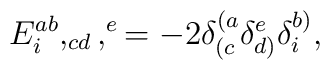
E_{i}^{ab},_{cd},^{e} = -2 \delta ^{(a}_{(c}\delta^{e}_{d)}\delta^{b)}_{i},